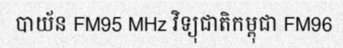
បាយ័ន FM95 MHz វិទ្យុជាតិកម្ពុជា FM96